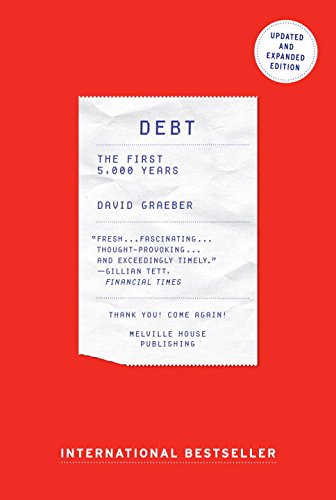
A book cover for Debt - Updated and Expanded: The First 5,000 Years; David Graeber; Science & Math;